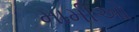
મામીઓ